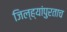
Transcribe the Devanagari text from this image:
जिल्ह्यांपुरताच